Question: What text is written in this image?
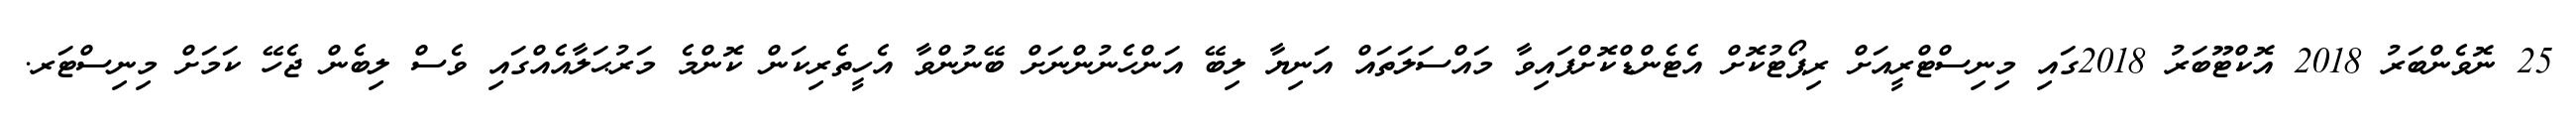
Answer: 25 ނޮވެންބަރު 2018 އޮކްޓޫބަރު 2018ގައި މިނިސްޓްރީއަށް ރިޕޯޓުކޮށް އެޓެންޑްކޮށްފައިވާ މައްސަލަތައް އަނިޔާ ލިބޭ އަންހެނުންނަށް ބޭނުންވާ އެހީތެރިކަން ކޮންމެ މަރުޙަލާއެއްގައި ވެސް ލިބެން ޖެހޭ ކަމަށް މިނިސްޓަރ.